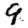
Digit: 9